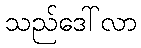
သည်ဒေါ်လာ